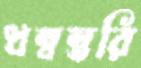
ধন্বন্তরি